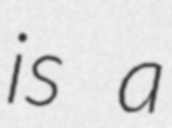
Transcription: is a